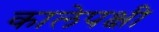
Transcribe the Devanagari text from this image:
कालेपक्षी